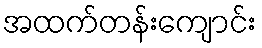
အထက်တန်းကျောင်း